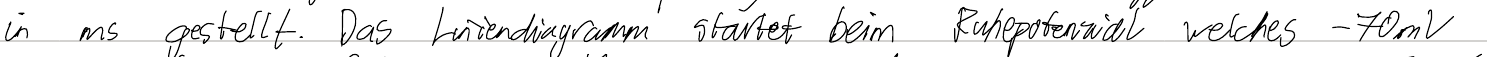
in ms gestellt. Das Liniendiagramm startet beim Ruhepotenzial welches -70mV